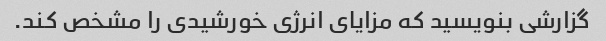
گزارشی بنویسید که مزایای انرژی خورشیدی را مشخص کند.